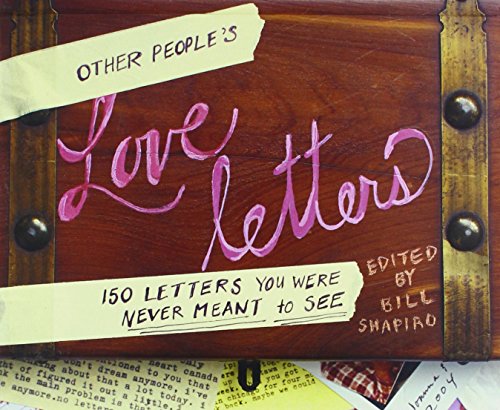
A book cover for Other People's Love Letters: 150 Letters You Were Never Meant to See; Bill Shapiro; Humor & Entertainment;